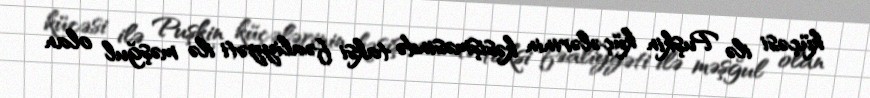
küçəsi ilə Puşkin küçələrinin kəsişməsində taksi fəaliyyəti ilə məşğul olan